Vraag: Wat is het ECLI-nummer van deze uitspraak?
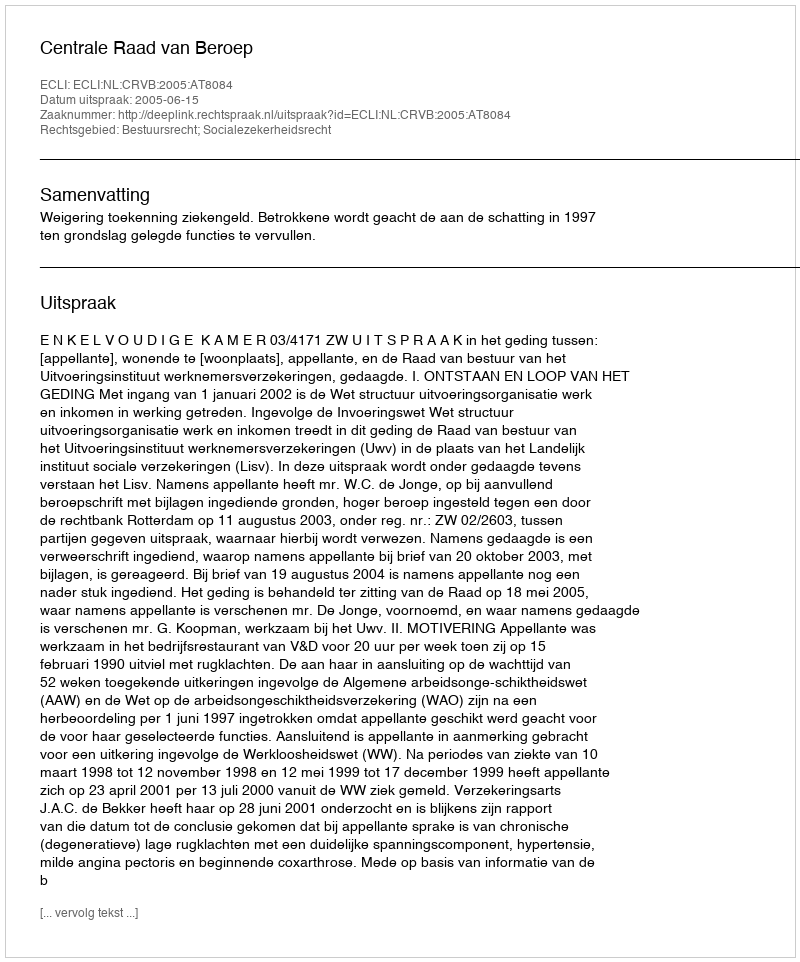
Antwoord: ECLI:NL:CRVB:2005:AT8084